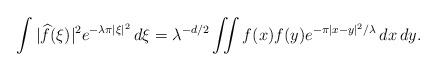
LaTeX: \begin{align*}\int |\widehat{f}(\xi)|^2 e^{-\lambda\pi|\xi|^2}\,d\xi= \lambda^{-d/2} \iint f(x)f(y) e^{-\pi |x-y|^2/\lambda}\,dx\,dy. \end{align*}